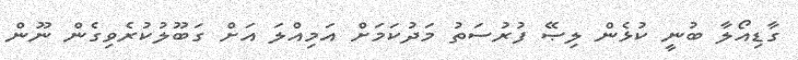
ގާޑިއޯލާ ބުނީ ކުޅެން ލިޞޭ ފުރުސަތު މަދުކަމަށް އަމިއްލަ އަށް ގަބޫލުކުރެވިގެން ނޫން